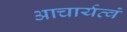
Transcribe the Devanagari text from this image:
आचार्यत्वं